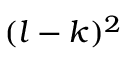
( l - k ) ^ { 2 }